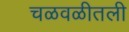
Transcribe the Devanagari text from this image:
चळवळीतली